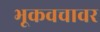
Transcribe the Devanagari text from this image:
भूकवचावर